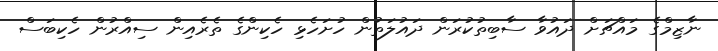
ނާޒިމްގެ މައްޗަށް ދައުވާ ސާބިތުކުރަން ދައުލަތުން ހުށަހެޅި ހެކިންގެ ތެރެއިން ސިއްރުން ހެކިބަސް